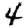
Digit: 4